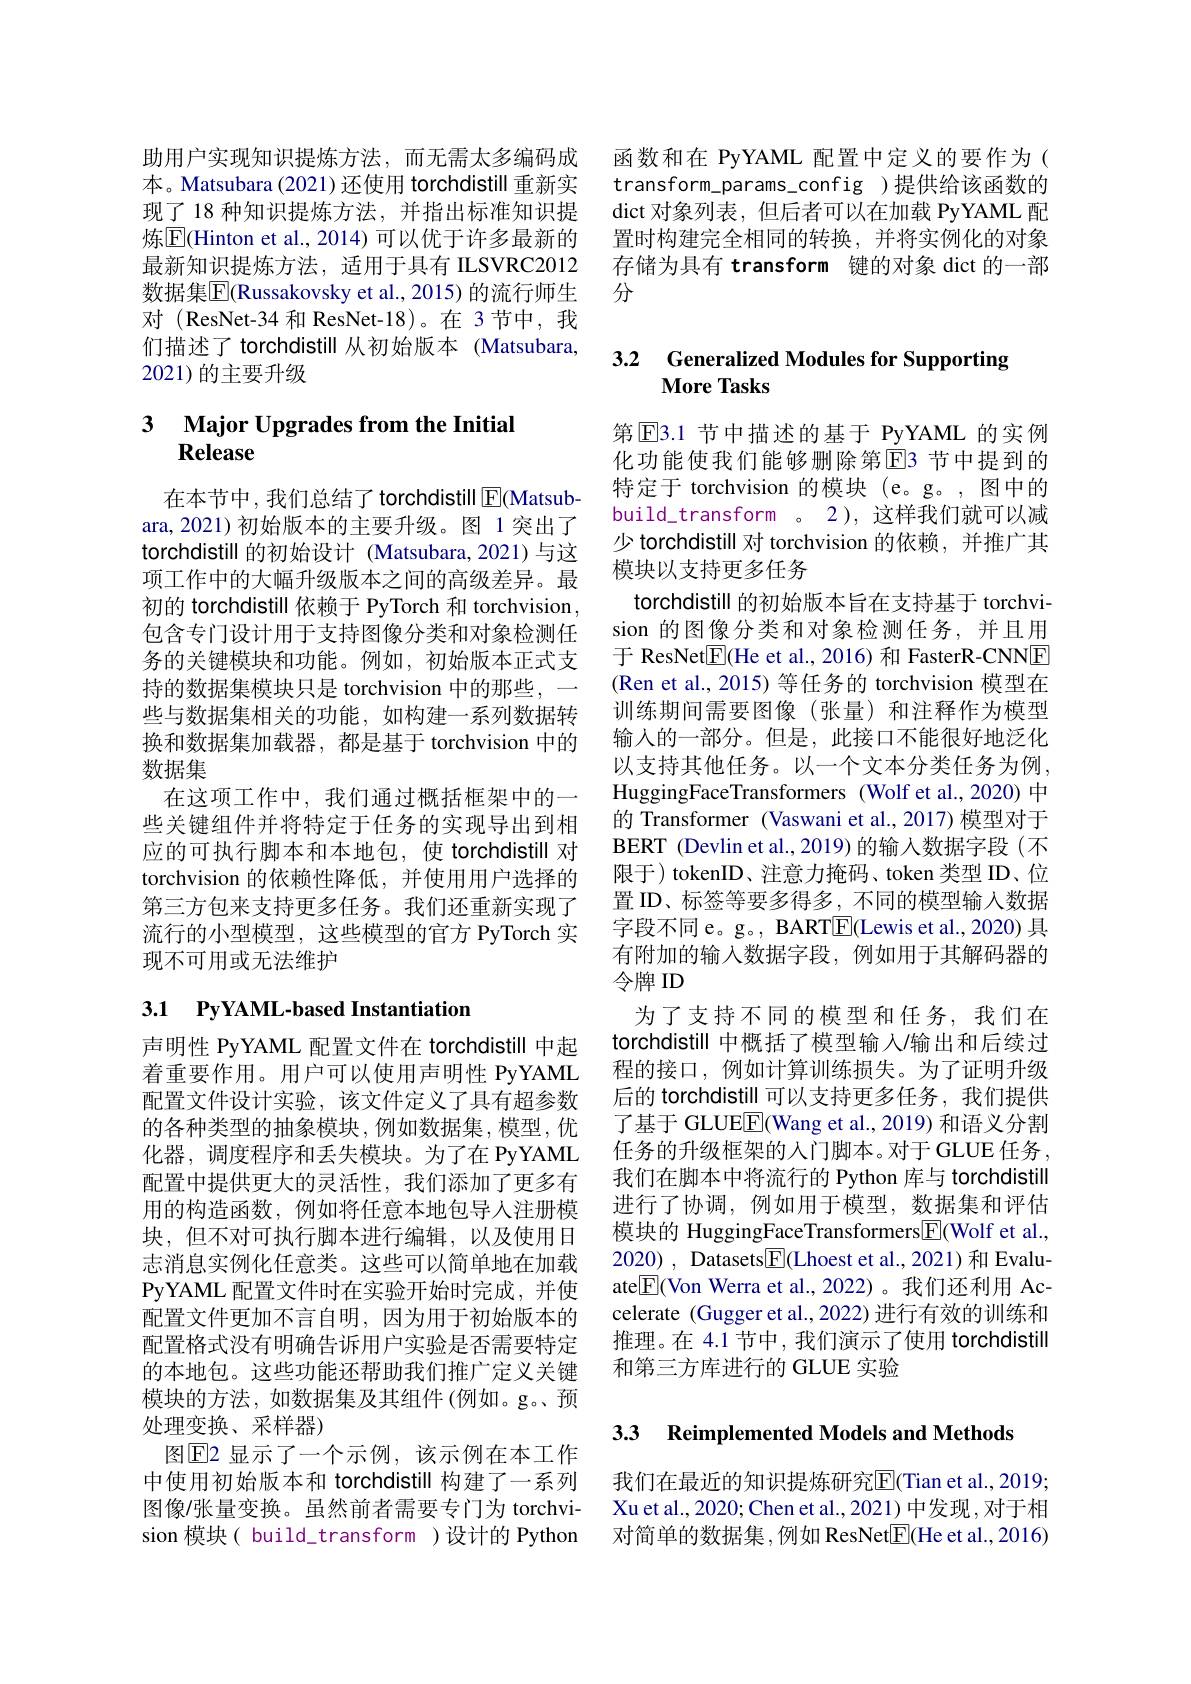
助用户实现知识提炼方法，而无需太多编码成本。Matsubara (2021) 还使用 torchdistill 重新实现了 18 种知识提炼方法，并指出标准知识提炼$\boxed{\mathrm{F}}$(Hinton et al., 2014) 可以优于许多最新的最新知识提炼方法，适用于具有 ILSVRC2012数据集$\overline{\mathbb{F}}($Russakovsky et al.,2015) 的流行师生对 (ResNet-34 和 ResNet-18)。在 3节中，我们描述了 torchdistill 从初始版本 (Matsubara, 2021)的主要升级

# 3 Major Upgrades from the Initial Release

在本节中，我们总结了torchdistill E(Matsubara,2021)初始版本的主要升级。图 1突出了torchdistill 的初始设计 (Matsubara,2021) 与这项工作中的大幅升级版本之间的高级差异。最初的 torchdistill 依赖于 PyTorch 和 torchvision, 包含专门设计用于支持图像分类和对象检测任务的关键模块和功能。例如，初始版本正式支持的数据集模块只是 torchvision 中的那些，一些与数据集相关的功能，如构建一系列数据转换和数据集加载器，都是基于 torchvision 中的数据集
在这项工作中，我们通过概括框架中的一些关键组件并将特定于任务的实现导出到相应的可执行脚本和本地包，使 torchdistill 对torchvision 的依赖性降低，并使用用户选择的第三方包来支持更多任务。我们还重新实现了流行的小型模型，这些模型的官方 PyTorch 实现不可用或无法维护

# 3.1 PyYAML-based Instantiation

声明性 PyYAML 配置文件在 torchdistill 中起着重要作用。用户可以使用声明性 PyYAML 配置文件设计实验，该文件定义了具有超参数的各种类型的抽象模块，例如数据集，模型，优化器，调度程序和丢失模块。为了在 PyYAML 配置中提供更大的灵活性，我们添加了更多有用的构造函数，例如将任意本地包导人注册模块，但不对可执行脚本进行编辑，以及使用日志消息实例化任意类。这些可以简单地在加载PyYAML 配置文件时在实验开始时完成，并使配置文件更加不言自明，因为用于初始版本的配置格式没有明确告诉用户实验是否需要特定的本地包。这些功能还帮助我们推广定义关键模块的方法，如数据集及其组件(例如。g。预处理变换、采样器)
图$\overline{\mathrm{E}}$2 显示了一个示例，该示例在本工作中使用初始版本和 torchdistill 构建了一系列图像/张量变换。虽然前者需要专门为 torchvision 模块( build\_transform )设计的 Python

函数和在 PyYAML 配置中定义的要作为( transform\_params\_config )提供给该函数的dict 对象列表，但后者可以在加载 PyYAML 配置时构建完全相同的转换，并将实例化的对象存储为具有 transform 键的对象 dict 的一部分

# 3.2 Generalized Modules for Supporting More Tasks

第$\operatorname{E}$3.1 节中描述的基于 PyYAML 的实例化功能使我们能够删除第$\overline{\mathrm{E}}$3 节中提到的特定于 torchvision 的模块 (e。g。,图中的build\_transform\_。2), 这样我们就可以减少 torchdistill 对 torchvision 的依赖，并推广其模块以支持更多任务
torchdistill 的初始版本旨在支持基于 torchvision 的图像分类和对象检测任务，并且用于 ResNet$\boxed{\mathrm{E}}($He et al.,2016) 和 FasterR-CNNE (Ren et al., 2015) 等任务的 torchvision 模型在训练期间需要图像(张量)和注释作为模型输入的一部分。但是，此接口不能很好地泛化以支持其他任务。以一个文本分类任务为例， HuggingFaceTransformers (Wolf et al.,2020) 中的 Transformer (Vaswani et al.,2017) 模型对于BERT (Devlin et al., 2019) 的输入数据字段(不限于) tokenID、注意力掩码、token 类型 ID、位置 ID、标签等要多得多，不同的模型输入数据字段不同 e。g。, BART$\overline{\mathrm{E}}($Lewis et al.,2020) 具有附加的输入数据字段，例如用于其解码器的令牌 ID
为了支持不同的模型和任务，我们在torchdistill 中概括了模型输入/输出和后续过程的接口，例如计算训练损失。为了证明升级后的 torchdistill 可以支持更多任务，我们提供了基于 GLUE$\boxed{\mathrm{F}}$(Wang et al., 2019) 和语义分割任务的升级框架的人门脚本。对于 GLUE 任务， 我们在脚本中将流行的 Python 库与 torchdistill 进行了协调，例如用于模型，数据集和评估模块的 HuggingFaceTransformers$\boxed{\mathrm{E}}($Wolf et al., 2020), Datasets$\boxed{\mathrm{F}}($Lhoest et al., 2021) 和 Evaluate$\boxed{\mathrm{F}}($Von Werra et al.,2022)。我们还利用 Accelerate (Gugger et al., 2022) 进行有效的训练和推理。在 4.1 节中，我们演示了使用 torchdistill 和第三方库进行的 GLUE 实验

3.3 Reimplemented Models and Methods

我们在最近的知识提炼研究$\overline{\mathrm{E}}($Tian et al., 20193 Xu et al., 2020; Chen et al., 2021) 中发现 ,对于相对简单的数据集，例如 ResNet$\boxed{\mathrm{F}}($He et al.,2016)